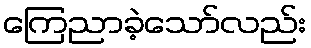
ကြေညာခဲ့သော်လည်း